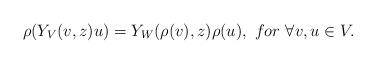
LaTeX: \begin{align*}\rho(Y_V(v,z)u)=Y_W(\rho(v),z)\rho(u), ~for ~\forall v,u\in V.\end{align*}